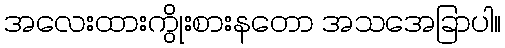
အလေးထားကွိုးစားနတော အသအေခြာပါ။